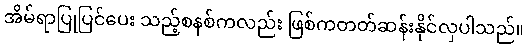
အိမ်ရာပြုပြင်ပေး သည့်စနစ်ကလည်း ဖြစ်ကတတ်ဆန်းနိုင်လှပါသည်။